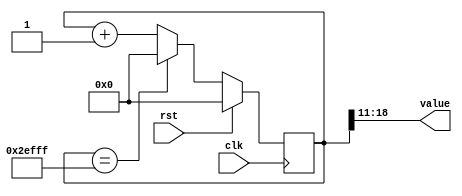
/*
   This file was generated automatically by the Mojo IDE version B1.3.6.
   Do not edit this file directly. Instead edit the original Lucid source.
   This is a temporary file and any changes made to it will be destroyed.
*/

/*
   Parameters:
     SIZE = WIDTH
     DIV = DIV
     TOP = TOP
     UP = 1
*/
module counter_43 (
    input clk,
    input rst,
    output reg [7:0] value
  );
  
  localparam SIZE = 4'h8;
  localparam DIV = 4'hb;
  localparam TOP = 7'h5d;
  localparam UP = 1'h1;
  
  
  reg [18:0] M_ctr_d, M_ctr_q = 1'h0;
  
  localparam MAX_VALUE = 18'h2efff;
  
  always @* begin
    M_ctr_d = M_ctr_q;
    
    value = M_ctr_q[11+7-:8];
    if (1'h1) begin
      M_ctr_d = M_ctr_q + 1'h1;
      if (1'h1 && M_ctr_q == 18'h2efff) begin
        M_ctr_d = 1'h0;
      end
    end else begin
      M_ctr_d = M_ctr_q - 1'h1;
      if (1'h1 && M_ctr_q == 1'h0) begin
        M_ctr_d = 18'h2efff;
      end
    end
  end
  
  always @(posedge clk) begin
    if (rst == 1'b1) begin
      M_ctr_q <= 1'h0;
    end else begin
      M_ctr_q <= M_ctr_d;
    end
  end
  
endmodule